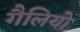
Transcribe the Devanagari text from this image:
गैलियो